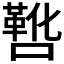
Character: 𫫸